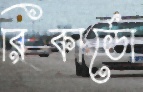
রিকার্ডো